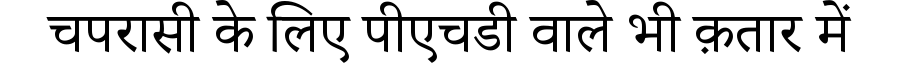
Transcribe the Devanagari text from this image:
चपरासी के लिए पीएचडी वाले भी क़तार में